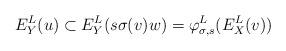
LaTeX: \begin{align*}E^L_Y(u) \subset E^L_Y(s\sigma(v)w) = \varphi^L_{\sigma, s}(E^L_X(v))\end{align*}